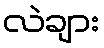
လဲချား